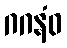
ဂဂနံဝ